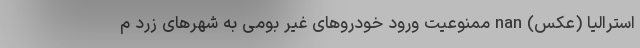
استرالیا (عکس) nan ممنوعیت ورود خودروهای غیر بومی به شهرهای زرد م